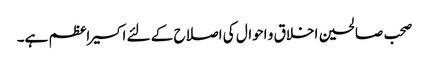
صحب صالحین اخلاق و احوال کی اصلاح کے لئے اکسیر اعظم ہے۔